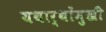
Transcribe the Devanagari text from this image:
यथार्थोंमुखी